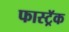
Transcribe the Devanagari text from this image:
फास्ट्रॅक